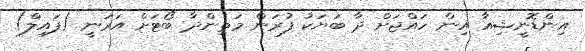
އިންޑޮނީޝިއާ އިން ހައްޖަށް ދާ ބަޔަކު ފުރަން މަތިންދާ ބޯޓަށް އަރަނީ (ފައިލް)